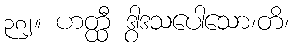
၃၈၂။ ဟတ္ထီ ဒွါဒသပေါသော၊တိ၊